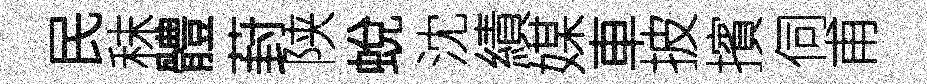
民秣體葑陕蛻沈績媒車披擯伺甫